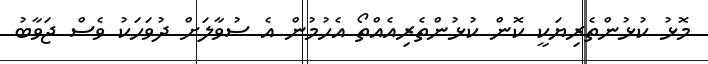
މޮޅު ކުޅުންތެރިޔަކީ ކޮން ކުޅުންތެރިއެއްތޯ އެހުމުން އެ ސުވާލަށް ދުވަހަކު ވެސް ޖަވާބު